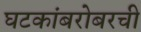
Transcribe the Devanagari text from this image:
घटकांबरोबरची